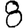
Digit: 8